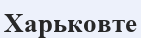
Харьковте